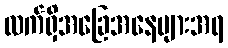
လက်ရှိအခြေအနေများအရ